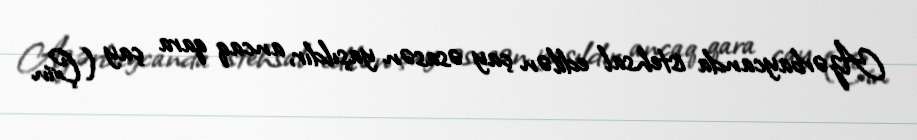
Azərbaycanda istehsal edilən çay əsasən yaşıldır, ancaq qara çay (Çin